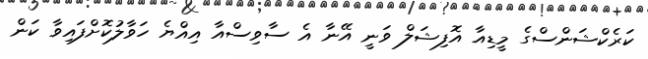
ކަރެކްޝަންސްގެ މީޑިއާ އޮފިޝަލް ވަނީ އޭނާ އެ ސާވިސްއާ އިއްޔެ ހަވާލުކޮށްފައިވާ ކަން